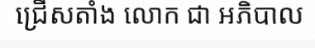
ជ្រើសតាំង លោក ជា អភិបាល